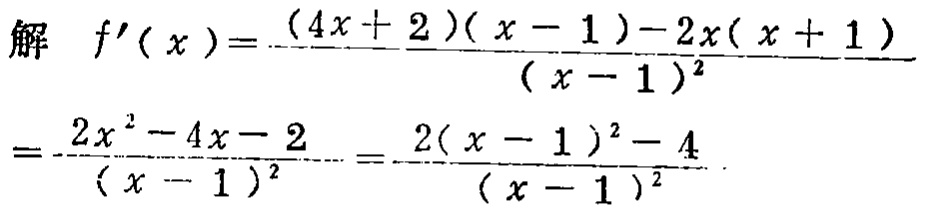
解 \(f^{\prime}(x)=\frac{(4x + 2)(x - 1)-2x(x + 1)}{(x - 1)^2}\)
\(=\frac{2x^{2}-4x - 2}{(x - 1)^2}=\frac{2(x - 1)^2-4}{(x - 1)^2}\)